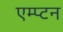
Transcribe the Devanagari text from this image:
एम्प्टन